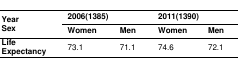
<table><thead><tr><td rowspan="2"><b>YearSex</b></td><td colspan="2"><b>2006(1385)</b></td><td colspan="2"><b>2011(1390)</b></td></tr><tr><td><b>Women</b></td><td><b>Men</b></td><td><b>Women</b></td><td><b>Men</b></td></tr></thead><tbody><tr><td><b>Life Expectancy</b></td><td>73.1</td><td>71.1</td><td>74.6</td><td>72.1</td></tr></tbody></table>